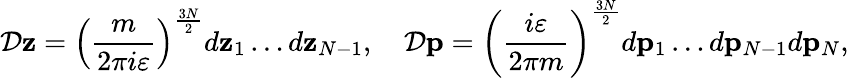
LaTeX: {\cal D}{\mathbf z}=\left({\frac{m}{2\pi i\varepsilon}}\right)^{\frac{3N}{2}}d{\mathbf z}_{1}\dots d{\mathbf z}_{N-1},\quad{\cal D}{\mathbf p}=\left({\frac{i\varepsilon}{2\pi m}}\right)^{\frac{3N}{2}}d{\mathbf p}_{1}\dots d{\mathbf p}_{N-1}d{\mathbf p}_{N},